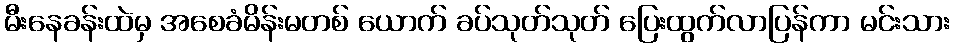
မီးနေခန်းထဲမှ အစေခံမိန်းမတစ် ယောက် ခပ်သုတ်သုတ် ပြေးထွက်လာပြန်ကာ မင်းသား